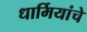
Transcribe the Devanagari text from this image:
धार्मियांचे